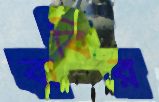
বাবির